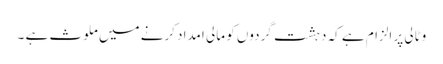
وٹالی پر الزام ہے کہ دہشت گردوں کو مالی امداد کرنے میں ملوث ہے ۔